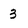
Character: 3